Civil Veterinary Department Bihar reports 1940-50 - 1940-1950
Year: 1940
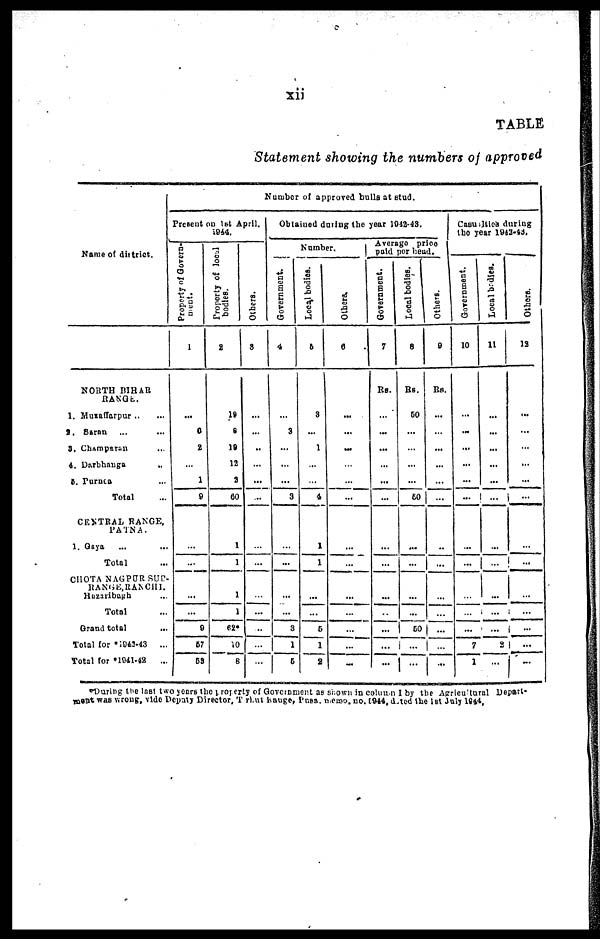
xii
TABLE
Statement showing the numbers of approved
Name of district.
NORTH BIHAR
RANGE.
1. Muzaffarpur ... ...
2. Saran ... ...
3. Champaran ...
4. Darbhanga ...
5. Purnea ...
Total ...
CENTRAL RANGE,
PATNA.
1. Gaya ... ...
Total ...
CHOTA NAGPUR SUB-
RANGE, RANCHI.
Huzaribagh
Total ...
Grand total ...
Total for *1942-43 ...
Total for *1941-42
...
Number of approved bulls at stud.
Present on 1st April.
1944.
Property of Govern-
ment.
1
...
6
2
1
9
...
...
...
...
0
57
58
Property of local
bodies.
2
18
8
19
12
2
60
1
1
1
1
62*
10
8
Others.
3
...
...
...
...
...
...
...
...
...
...
...
...
Obtained during the year 1942-43.
Number.
Government.
4
...
3
...
...
...
3
...
...
...
...
3
1
5
Local bodies.
5
3
...
1
...
...
4
1
1
...
...
5
1
2
Others.
6
...
...
...
...
...
...
...
...
...
...
...
...
...
Average price
paid per head.
Government.
7
Rs.
...
...
...
...
...
...
...
...
...
...
...
...
...
Local bodies.
8
Rs.
50
...
...
...
...
50
...
...
...
...
50
...
...
Others.
9
Rs.
...
...
...
...
...
...
...
...
...
...
...
...
...
Casualties during
the year 1942-43.
Government.
10
...
...
...
...
...
...
...
...
...
...
...
7
1
Local bodies.
11
...
...
...
...
...
...
...
...
...
...
2
...
Ot her s .
12
...
...
...
...
...
...
...
...
...
...
...
...
...
*During the last two years the property of Government as shown in column I by the Agricultural Depart-
meat was wrong, vide Depaty Director, Trut kange, Pusa. memo. no. 1944, dated the 1st July 1944.